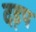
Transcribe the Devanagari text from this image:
दड़प